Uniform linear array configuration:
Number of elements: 12
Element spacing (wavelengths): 0.5
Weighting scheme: kaiser
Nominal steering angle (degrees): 60
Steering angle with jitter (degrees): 61.156
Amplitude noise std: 0.05
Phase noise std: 0.05

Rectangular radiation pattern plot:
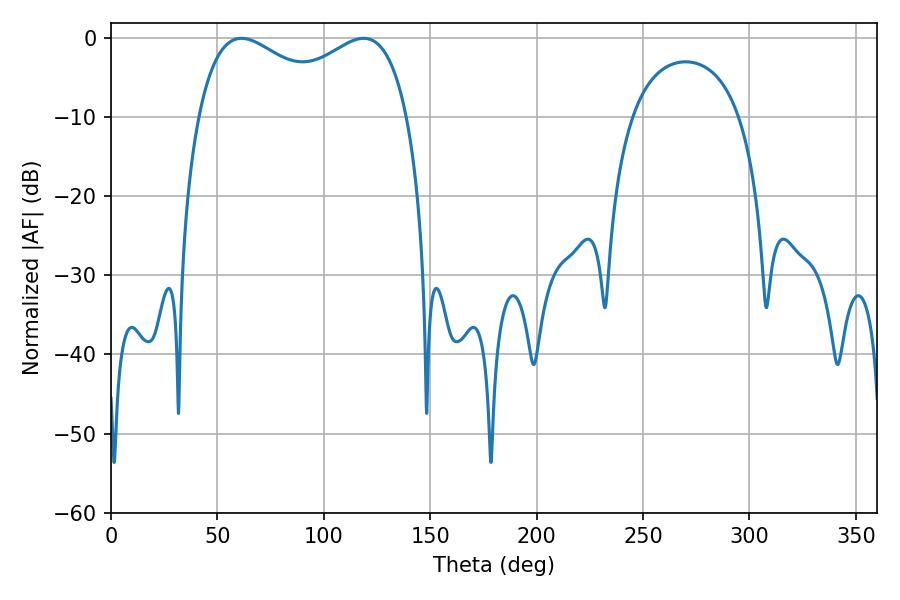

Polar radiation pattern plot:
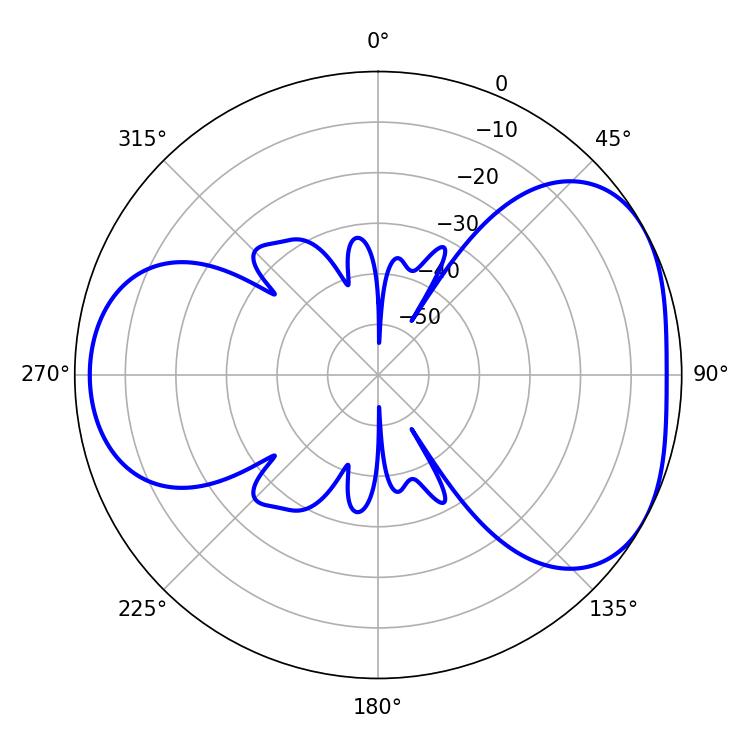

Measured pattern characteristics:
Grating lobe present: FALSE
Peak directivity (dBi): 4.381
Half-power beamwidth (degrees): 82.08
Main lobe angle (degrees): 61.38